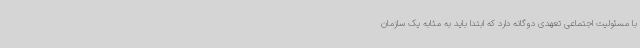
با مسئولیت اجتماعی تعهدی دوگانه دارد که ابتدا باید به مثابه یک سازمان